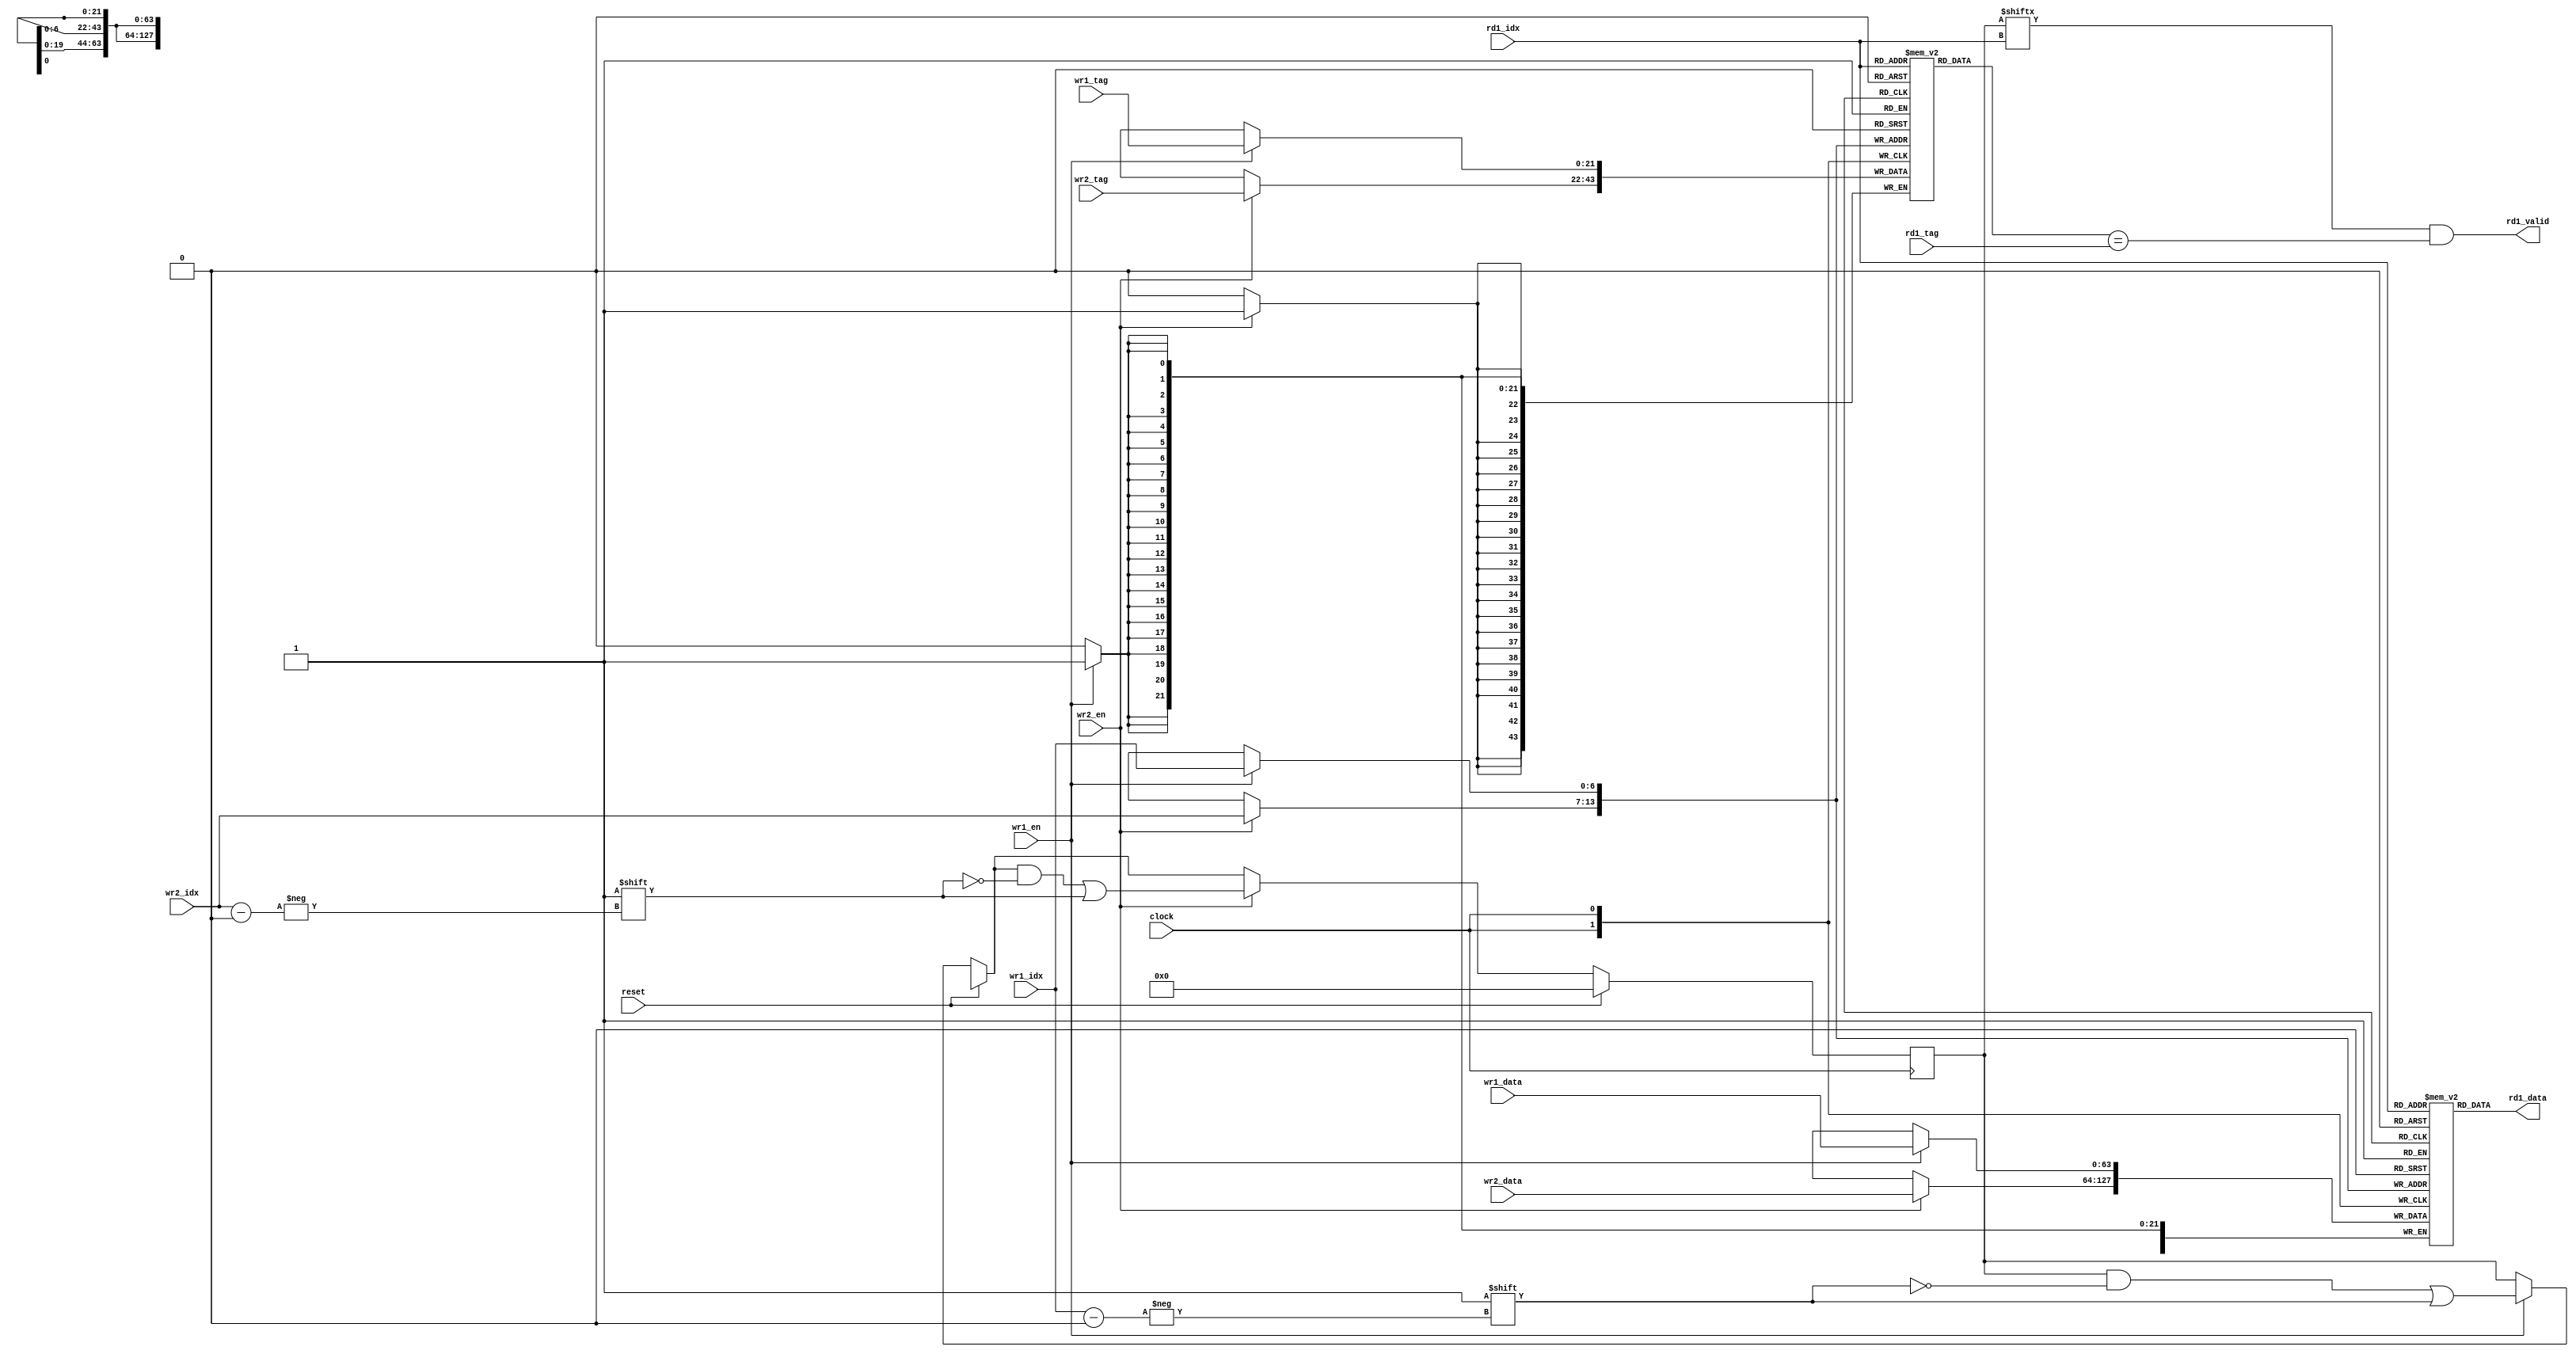
`define SD #1

module dcachemem128x64(clock, reset, 
			wr1_en, wr1_tag, wr1_idx, wr1_data,
                        wr2_en, wr2_tag, wr2_idx, wr2_data,
			rd1_tag, rd1_idx, rd1_data, rd1_valid);

input clock, reset, wr1_en, wr2_en;
input [6:0] wr1_idx, rd1_idx, wr2_idx;
input [21:0] wr1_tag, rd1_tag, wr2_tag;
input [63:0] wr1_data, wr2_data; 

output [63:0] rd1_data;
output rd1_valid;

reg [63:0] data [127:0];
reg [21:0] tags [127:0]; 
reg [127:0] valids;

assign rd1_data = data[rd1_idx];
assign rd1_valid = valids[rd1_idx] && (tags[rd1_idx] == rd1_tag);

always @(posedge clock)
begin
  if(reset) valids <= `SD 128'b0;
  else
  begin 
  if(wr1_en) 
    valids[wr1_idx] <= `SD 1;
  if(wr2_en)
    valids[wr2_idx] <= `SD 1;
  end
end

always @(posedge clock)
begin
  if(wr1_en)
  begin
    data[wr1_idx] <= `SD wr1_data;
    tags[wr1_idx] <= `SD wr1_tag;
  end
  if(wr2_en)
  begin
    data[wr2_idx] <= `SD wr2_data;
    tags[wr2_idx] <= `SD wr2_tag;
  end
end

endmodule